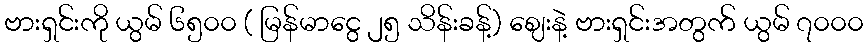
ဗားရှင်းကို ယွမ် ၆၅၀၀ ( မြန်မာငွေ ၂၅ သိန်းခန့်) ဈေးနဲ့ ဗားရှင်းအတွက် ယွမ် ၇၀၀၀